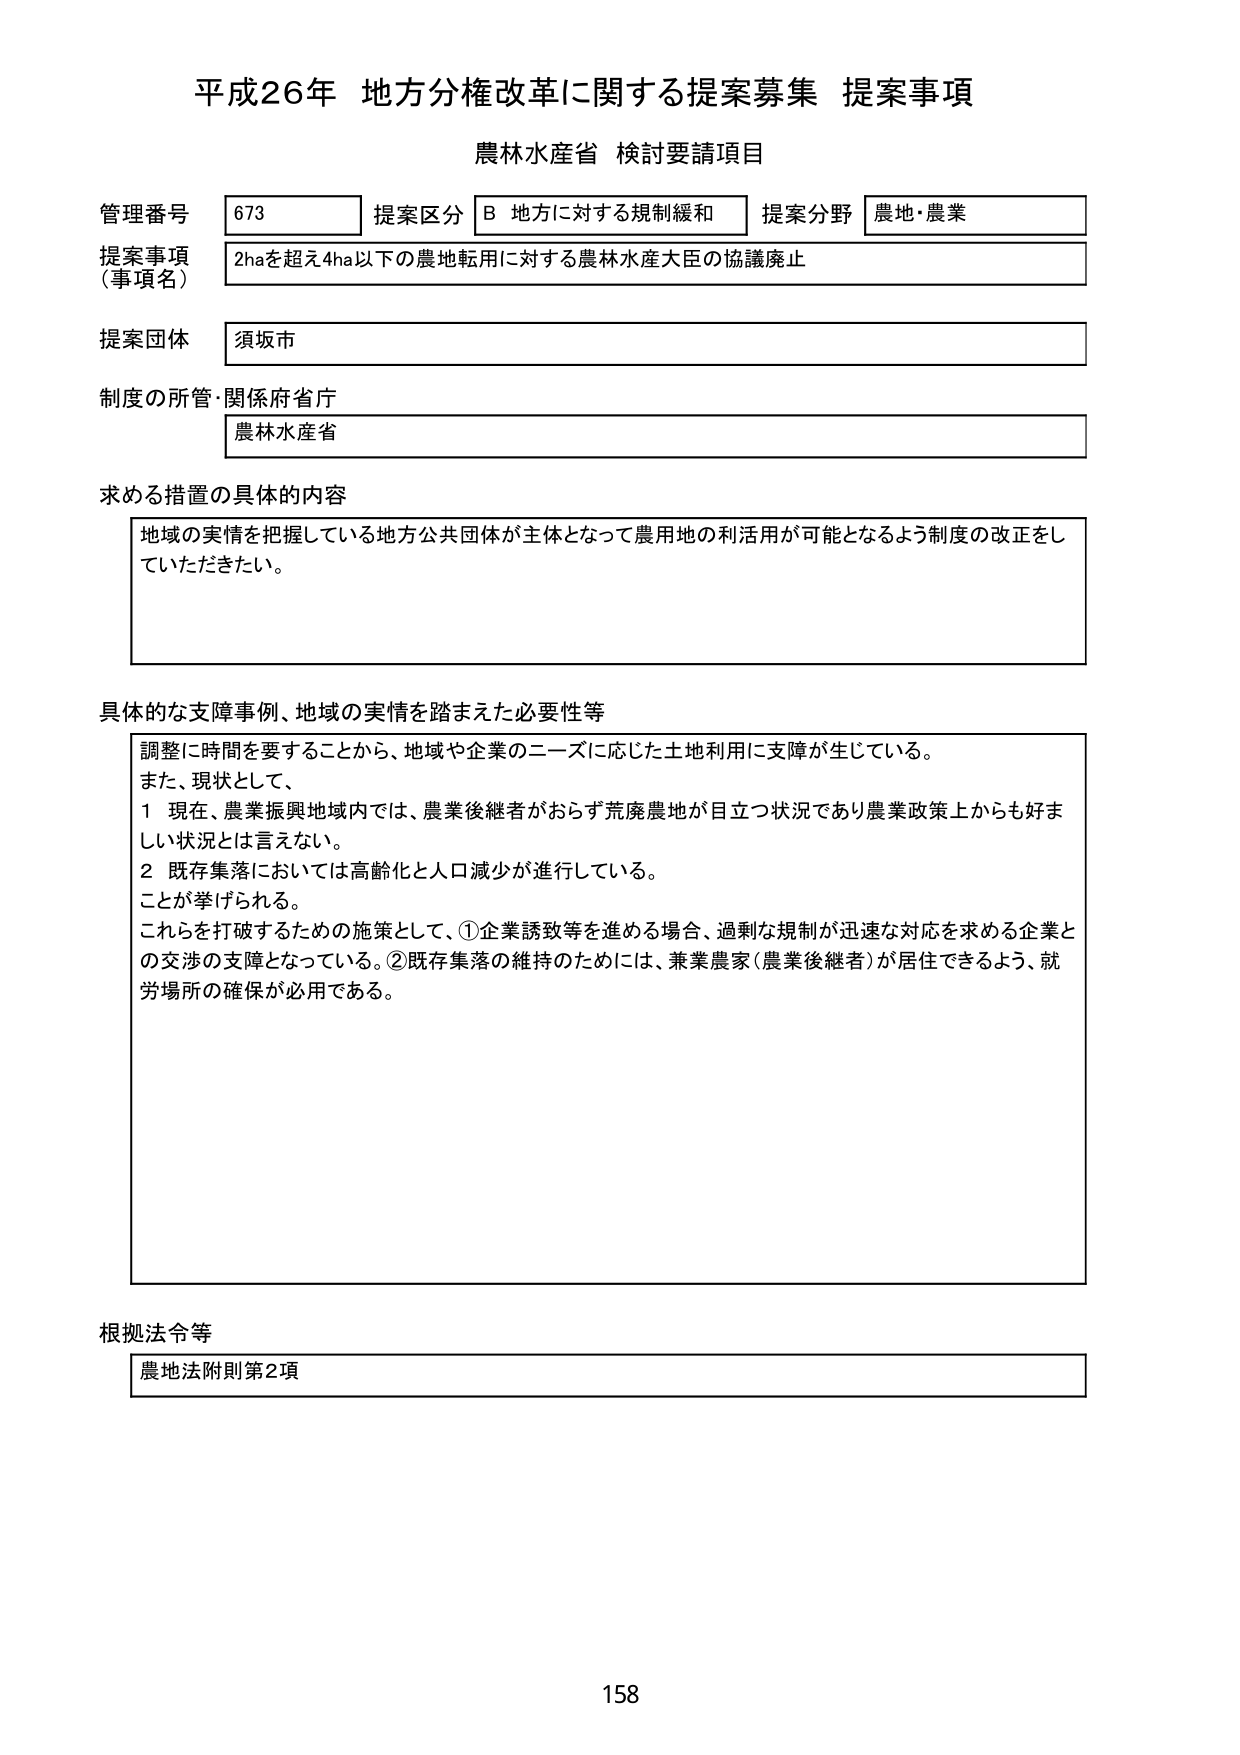
平成26年 地方分権改革に関する提案募集 提案事項
農林水産省 検討要請項目

管理番号 673 提案区分 B 地方に対する規制緩和 提案分野 農地・農業
提案事項（事項名） 2haを超え4ha以下の農地転用に対する農林水産大臣の協議廃止
提案団体 須坂市
制度の所管・関係府省庁 農林水産省

求める措置の具体的内容
地域の実情を把握している地方公共団体が主体となって農用地の利活用が可能となるよう制度の改正をしていただきたい。

具体的な支障事例、地域の実情を踏まえた必要性等
調整に時間を要することから、地域や企業のニーズに応じた土地利用に支障が生じている。
また、現状として、
1 現在、農業振興地域内では、農業後継者がおらず荒廃農地が目立つ状況であり農業政策上からも好ましい状況とは言えない。
2 既存集落においては高齢化と人口減少が進行している。
ことが挙げられる。
これらを打破するための施策として、①企業誘致等を進める場合、過剰な規制が迅速な対応を求める企業との交渉の支障となっている。②既存集落の維持のためには、兼業農家（農業後継者）が居住できるよう、就労場所の確保が必用である。

根拠法令等
農地法附則第2項

158